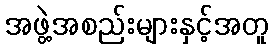
အဖွဲ့အစည်းများနှင့်အတူ